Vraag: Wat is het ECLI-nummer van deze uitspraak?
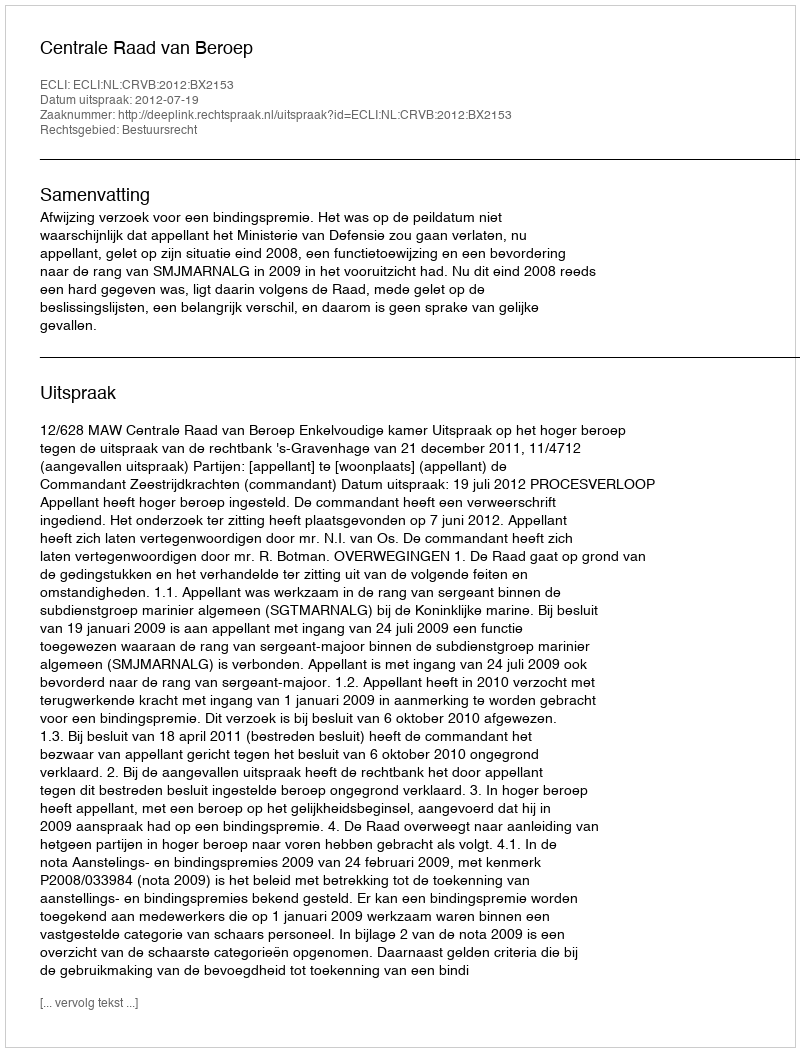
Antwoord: ECLI:NL:CRVB:2012:BX2153